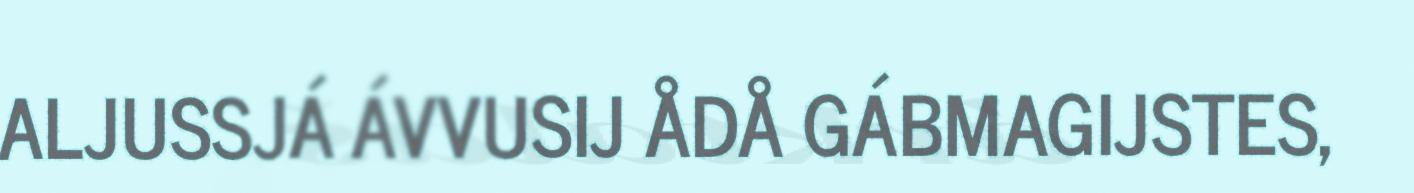
ALJUSSJÁ ÁVVUSIJ ÅDÅ GÁBMAGIJSTES,